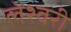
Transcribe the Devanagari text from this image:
लेश्वरी